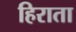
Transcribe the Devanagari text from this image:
हिराता